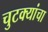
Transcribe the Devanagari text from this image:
चुटक्यांचा